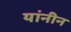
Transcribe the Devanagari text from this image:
यांनीन